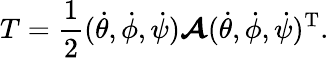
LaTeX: T=\frac{1}{2}(\dot{\theta},\dot{\phi},\dot{\psi})\mathbfcal{A}(\dot{\theta},\dot{\phi},\dot{\psi})^{\mathrm{T}}.